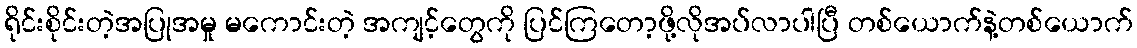
ရိုင်းစိုင်းတဲ့အပြုအမှု မကောင်းတဲ့ အကျင့်တွေကို ပြင်ကြတော့ဖို့လိုအပ်လာပါပြီ တစ်ယောက်နဲ့တစ်ယောက်